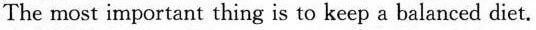
The most important thing is to keep a balanced diet.